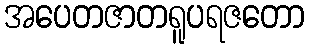
အပေတဇာတရူပရဇတော